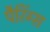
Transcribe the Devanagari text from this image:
पैरिंग्स